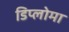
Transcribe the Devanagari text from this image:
डिप्‍लोमा